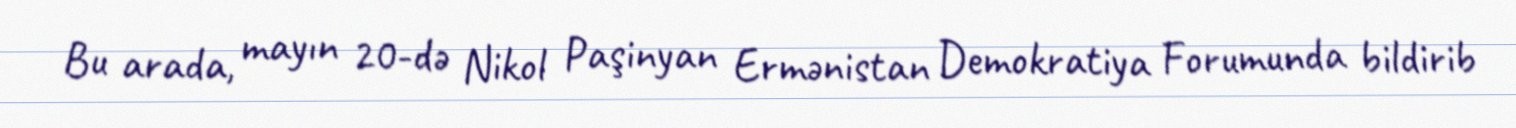
Bu arada, mayın 20-də Nikol Paşinyan Ermənistan Demokratiya Forumunda bildirib